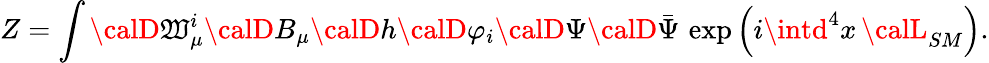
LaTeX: Z=\int{\calD}\mathfrak{W}_{\mu}^{i}{\calD}B_{\mu}{\calD}h{\calD}\varphi_{i}{\calD}\Psi{\calD}\bar{{\Psi}}\, \exp\left(i\intd^{4}x\, {\calL}_{SM}\right).